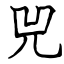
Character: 兕